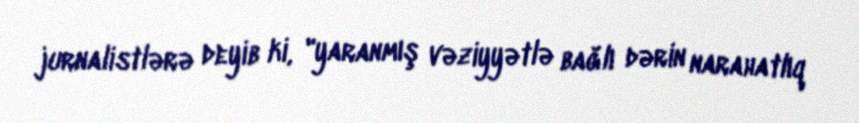
jurnalistlərə deyib ki, "yaranmış vəziyyətlə bağlı dərin narahatlıq